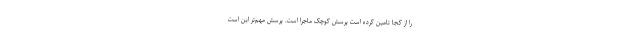
را از کجا تامین کرده است پرسش کوچک ماجرا است. پرسش مهم‌تر این است